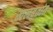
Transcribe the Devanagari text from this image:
खलबतांत